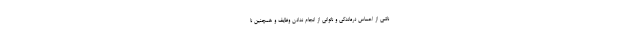
ناشی از احساس درماندگی و ناتوانی از انجام ندادن وظایف و همچنین نا